Indian journal of veterinary science and animal husbandry - Volume 5,
Year: 1935
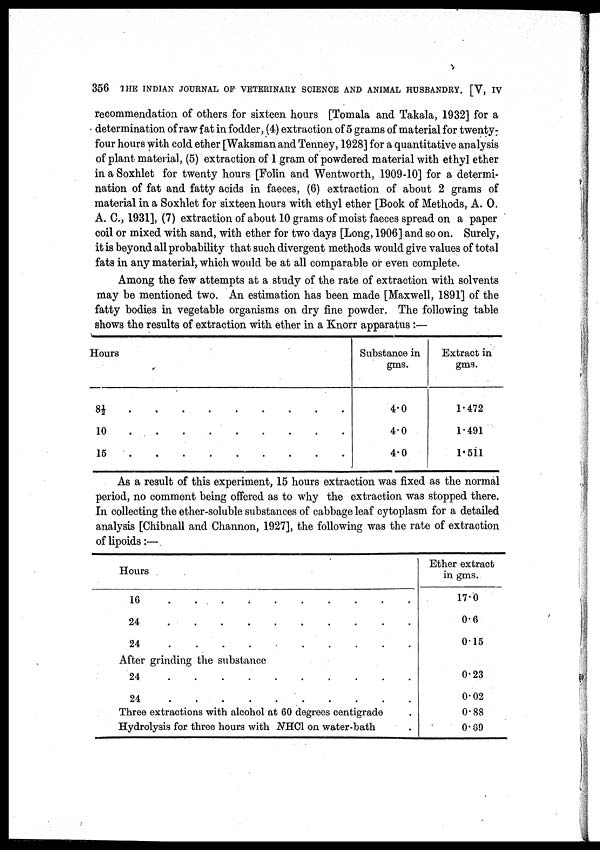
356 THE INDIAN JOURNAL OF VETERINARY SCIENCE AND ANIMAL HUSBANDRY. [V, IV
recommendation of others for sixteen hours [Tomala and Takala, 1932] for a
determination of raw fat in fodder, (4) extraction of 5 grams of material for twenty.
four hours with cold ether [Waksman and Tenney, 1928] for a quantitative analysis
of plant material, (5) extraction of 1 gram of powdered material with ethyl ether
in a Soxhlet for twenty hours [Folin and Wentworth, 1909-10] for a determi-
nation of fat and fatty acids in faeces, (6) extraction of about 2 grams of
material in a Soxhlet for sixteen hours with ethyl ether [Book of Methods, A. O.
A. C., 1931], (7) extraction of about 10 grams of moist faeces spread on a paper
coil or mixed with sand, with ether for two days [Long, 1906] and so on. Surely,
it is beyond all probability that such divergent methods would give values of total
fats in any material, which would be at all comparable or even complete.
Among the few attempts at a study of the rate of extraction with solvents
may be mentioned two. An estimation has been made [Maxwell, 1891] of the
fatty bodies in vegetable organisms on dry fine powder. The following table
shows the results of extraction with ether in a Knorr apparatus :—
Hours
8½ . . . . . . . . .
10
.
.
.
.
.
.
.
.
.
15
.
.
.
.
.
.
.
.
.
Substance in
gms.
4.0
4.0
4.0
Extract in
gms.
1.472
1.491
1.511
As a result of this experiment, 15 hours extraction was fixed as the normal
period, no comment being offered as to why the extraction was stopped there.
In collecting the ether-soluble substances of cabbage leaf cytoplasm for a detailed
analysis [Chibnall and Channon, 1927], the following was the rate of extraction
of lipoids:—
Hours
16
.
.
.
.
.
.
.
.
.
.
24
.
.
.
.
.
.
.
.
.
.
24
.
.
.
.
.
.
.
.
.
.
After grinding the substance
24
.
.
.
.
.
.
.
.
.
.
24
.
.
.
.
.
.
.
.
.
.
Three extractions with alcohol at 60 degrees centigrade .
Hydrolysis for three hours with NHCl on water-bath .
Ether extract
in gms.
17.0
0.6
0.15
0.23
0.02
0.88
0.69